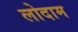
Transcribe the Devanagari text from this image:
लोदाम